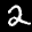
Label: 2